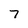
Character: 7